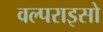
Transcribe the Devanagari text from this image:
वल्पराइसो